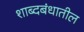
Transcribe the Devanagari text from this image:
शाब्दबंधातील